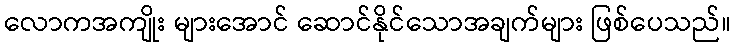
လောကအကျိုး များအောင် ဆောင်နိုင်သောအချက်များ ဖြစ်ပေသည်။